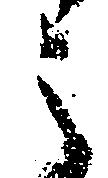
之